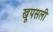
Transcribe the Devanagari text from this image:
खूपसली